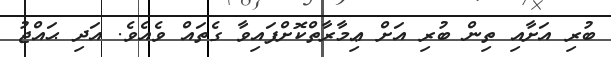
ބުރި އަށާއި ތިން ބުރި އަށް ޢިމާރާތްކޮށްފައިވާ ގެތައް ވެއެވެ. އަދި ޙައްޖު